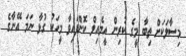
މިސާލަކަށް ތިބާ މީގެ ކުރިން އީމެއިލް ކޮށްފައިވާ މީހަކު ގުޅާ ނަމަ އޭނާގެ